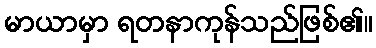
မာယာမှာ ရတနာကုန်သည်ဖြစ်၏။